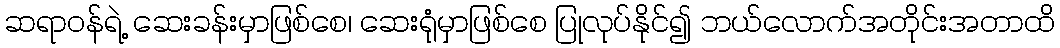
ဆရာ၀န်ရဲ့ ဆေးခန်းမှာဖြစ်စေ၊ ဆေးရုံမှာဖြစ်စေ ပြုလုပ်နိုင်၍ ဘယ်လောက်အတိုင်းအတာထိ